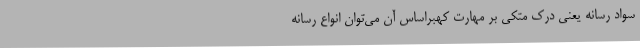
سواد رسانه یعنی درک متکی بر مهارت کهبراساس آن می‌توان انواع رسانه‌